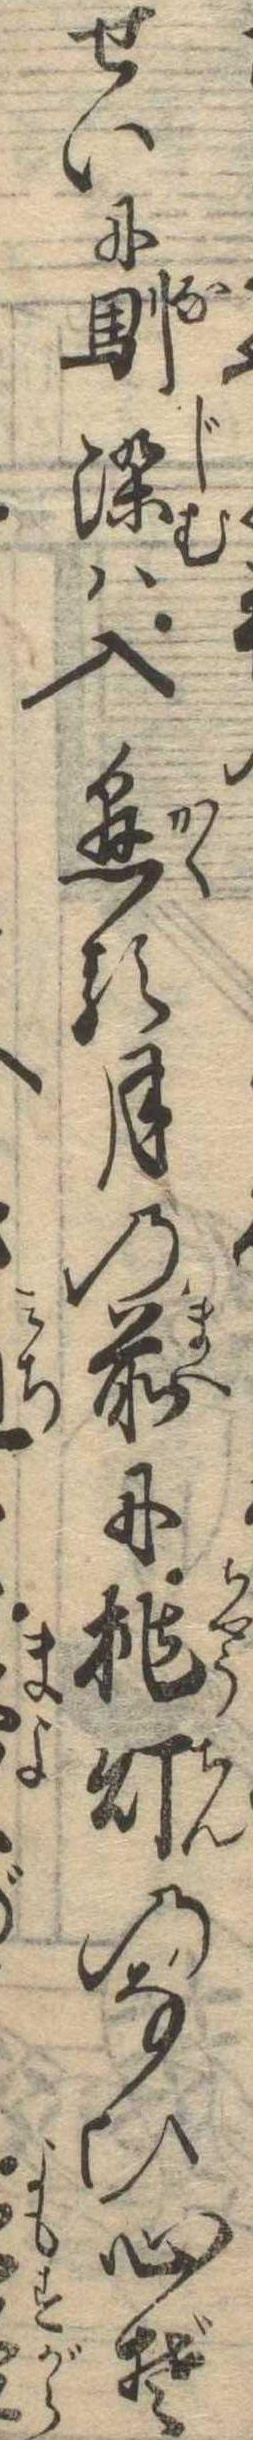
せいに馴染は入懸る月の前に挑灯のなひ心ぞ